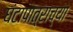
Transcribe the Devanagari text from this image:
घंटापात्राच्या